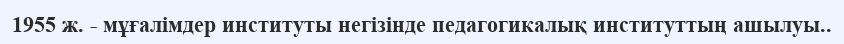
1955 ж. - мұғалімдер институты негізінде педагогикалық институттың ашылуы..